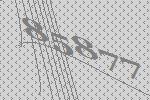
85877